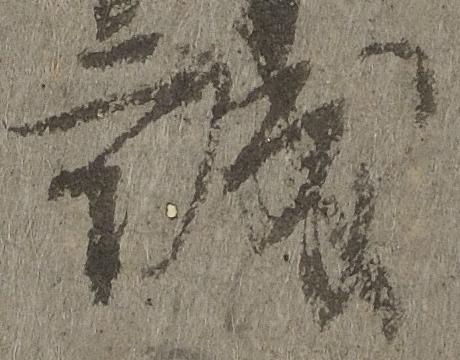
誠